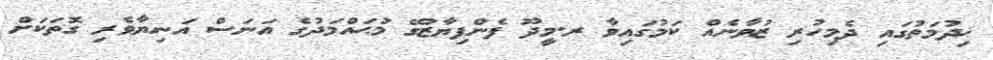
ޚިދުމަތުގައި ދެމިހުރި ޒުވާނެއް ކަމުގައިވާ ރ.މީދޫ ފެންފިޔާޒުގޭ މުޙައްމަދުގެ އަނަސް އަނިޔާވެރި ގޮތަކަށް